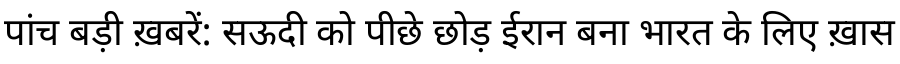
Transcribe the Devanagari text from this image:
पांच बड़ी ख़बरें: सऊदी को पीछे छोड़ ईरान बना भारत के लिए ख़ास